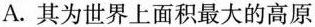
A.其为世界上面积最大的高原